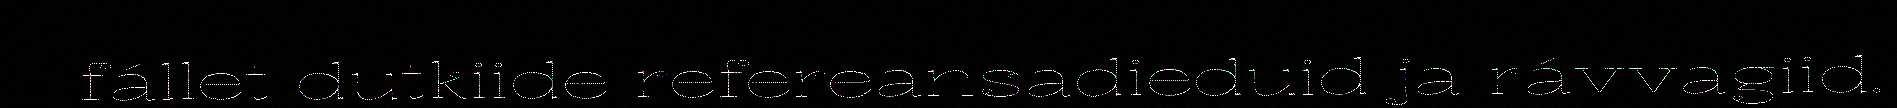
fállet dutkiide refereansadieđuid ja rávvagiid.